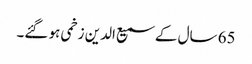
65 سال کے سمیع الدین زخمی ہو گئے۔